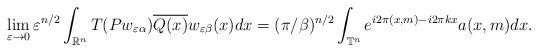
LaTeX: \begin{align*}\lim_{\varepsilon\rightarrow 0}\varepsilon^{n/2} \int_{\mathbb{R}^n} T(Pw_{\varepsilon\alpha}) \overline{Q(x)} w_{\varepsilon \beta}(x)dx =(\pi/\beta)^{n/2}\int_{\mathbb{T}^n}e^{i2\pi( x,m)-i2\pi kx}a(x,m)dx.\end{align*}